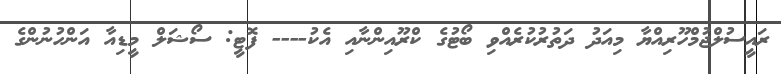
ރައީސުލްޖުމްހޫރިއްޔާ މިއަދު ދަތުރުކުރެއްވި ބޯޓުގެ ކްރޫއިންނާއި އެކު---- ފޮޓީ: ސޯޝަލް މީޑިއާ އަންހުނުންގެ